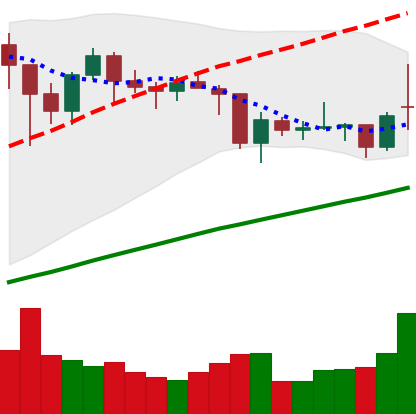
Ticker: BTC-USD
Chart end date: 2021-01-29
Forward return: 9.196%
Label: up_7plus